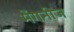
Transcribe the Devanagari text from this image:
मेंगनीज